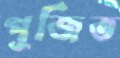
পূজিত